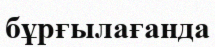
бұрғылағанда